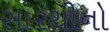
સારથીનો